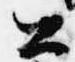
公